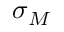
\sigma _ { M }